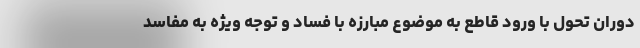
دوران تحول با ورود قاطع به موضوع مبارزه با فساد و توجه ویژه به مفاسد